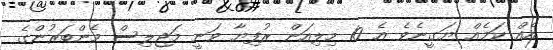
އެއް ކަމެއް ޔަގީނެވެ އެ 10 މިލިއަން ރުފިޔާ ވަނީ މަޖިލިސް މެންބަރުންގެ